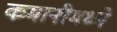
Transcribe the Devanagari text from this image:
कमानीमध्ये